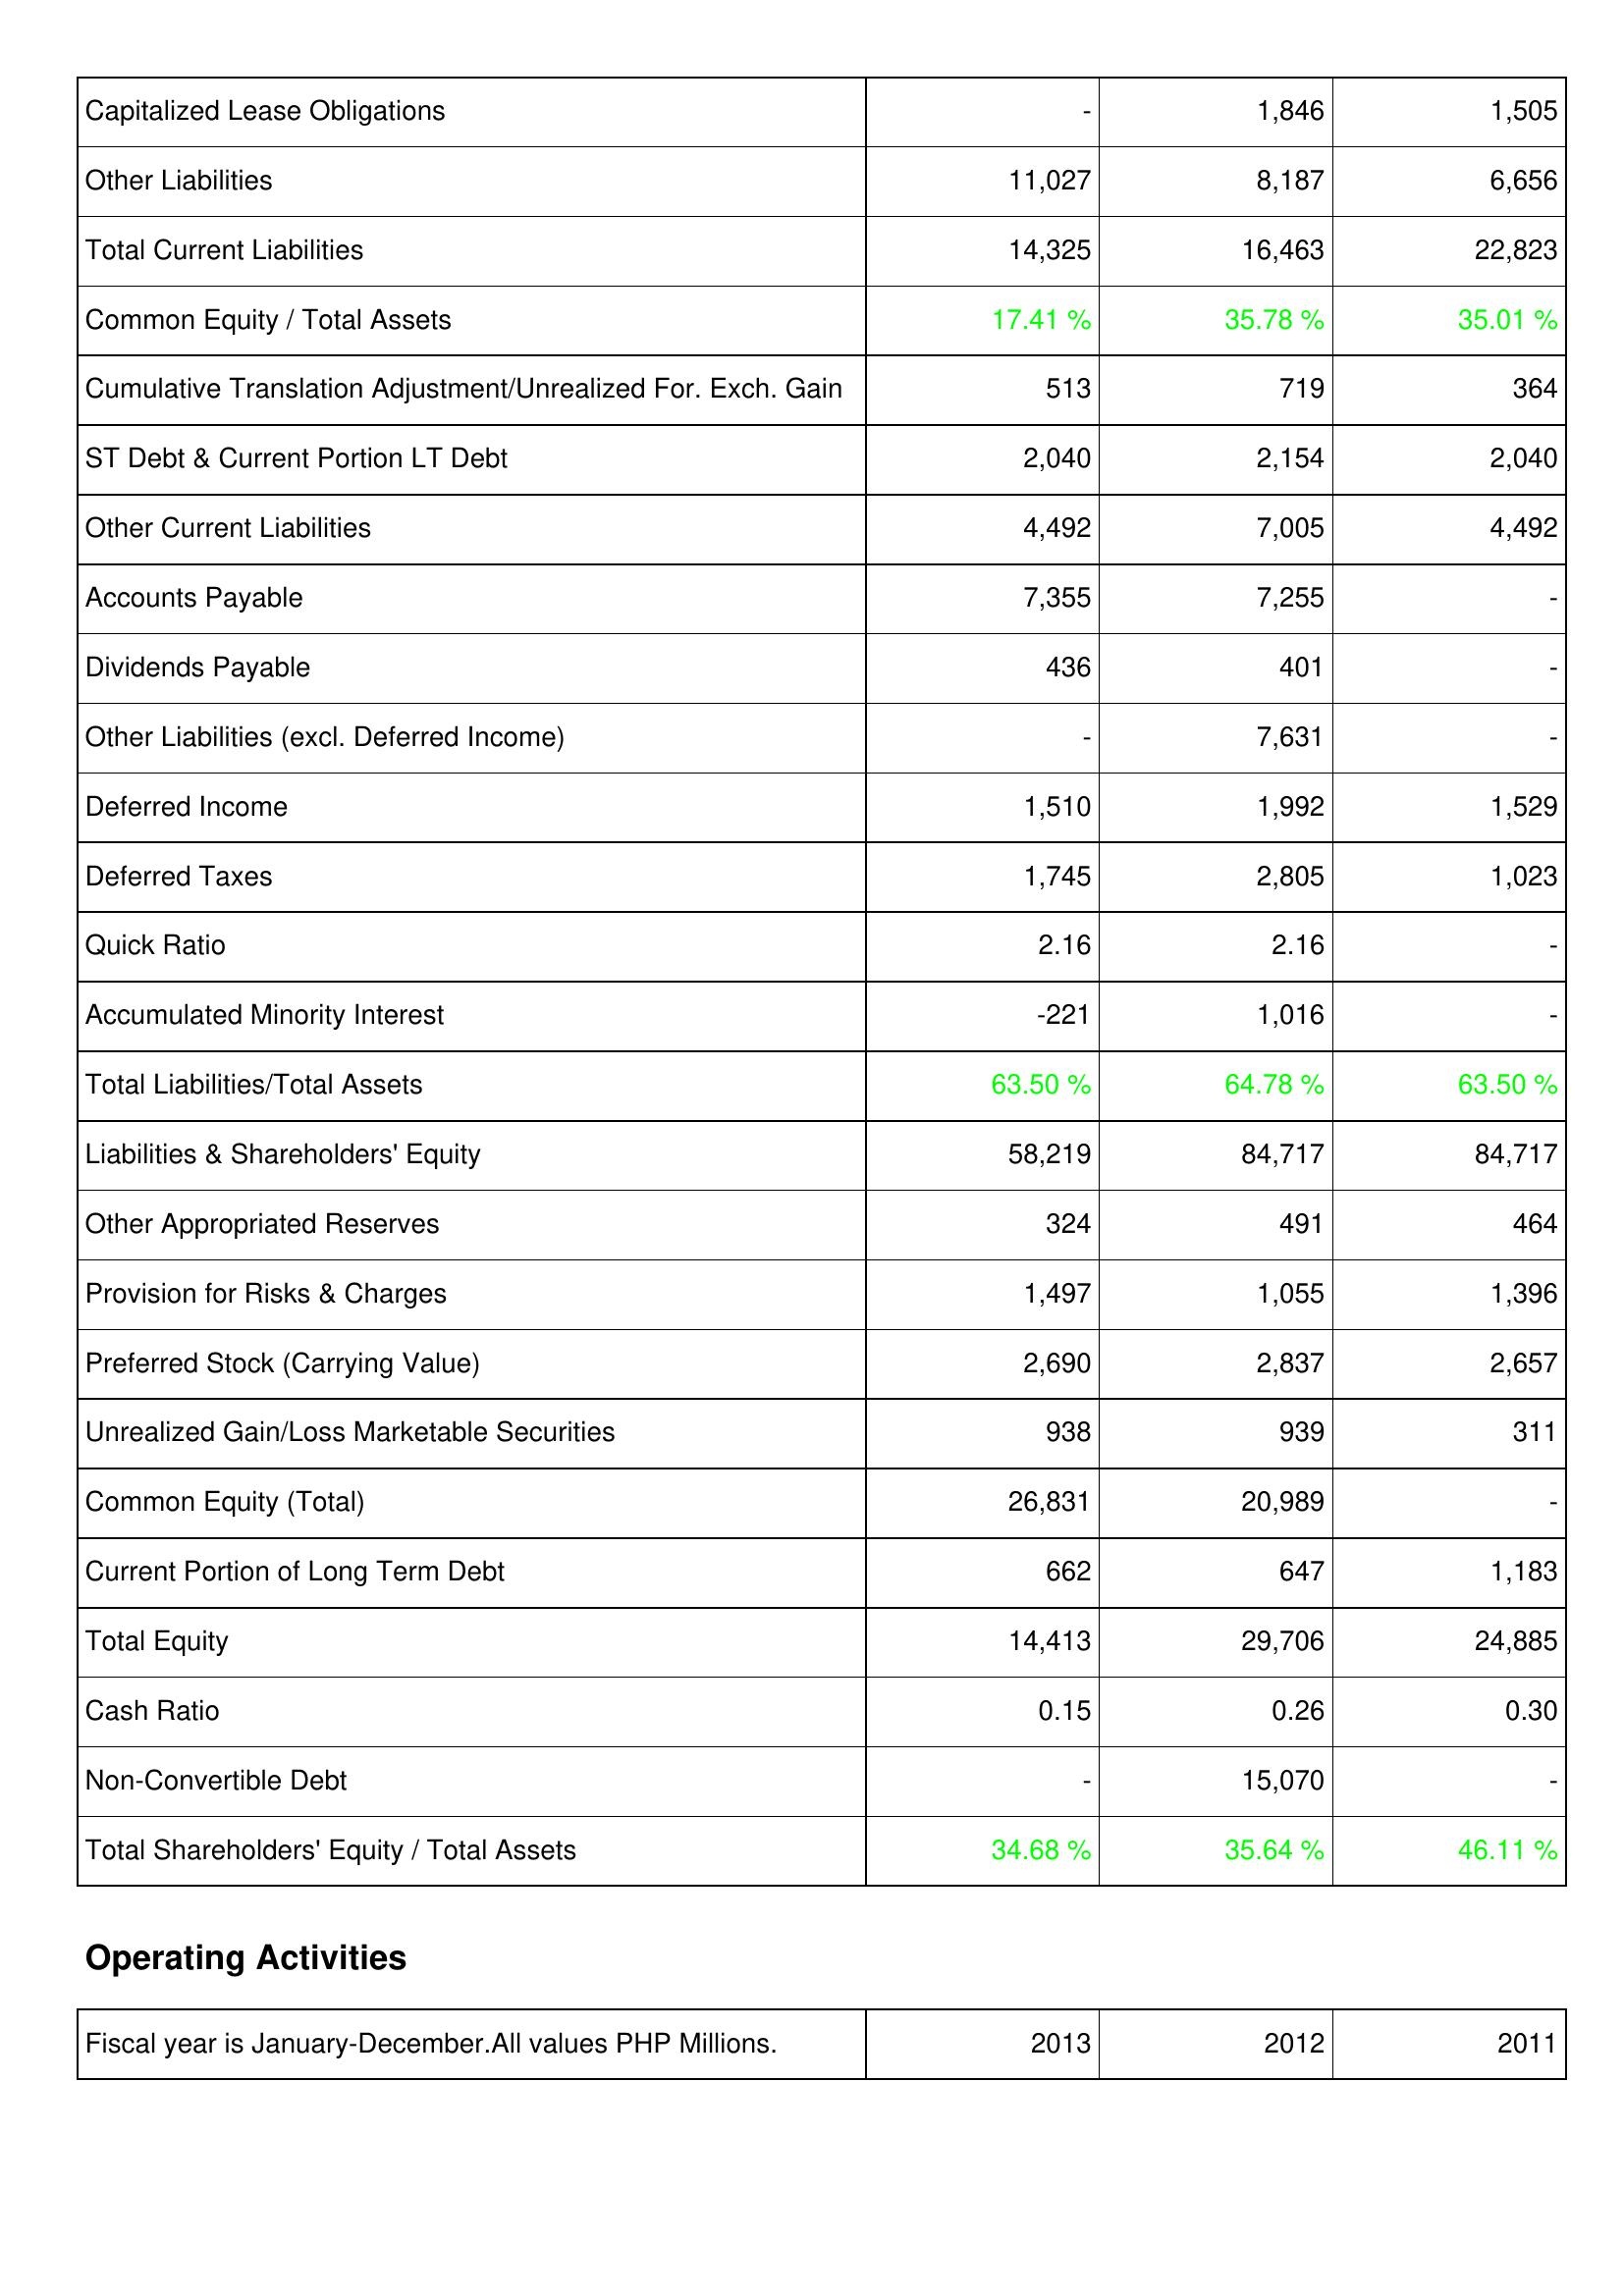
2013: Liabilities & Shareholders' Equity: Capitalized Lease Obligations: -
Other Liabilities: 11,027
Total Current Liabilities: 14,325
Common Equity / Total Assets: 17.41 %
Cumulative Translation Adjustment/Unrealized For. Exch. Gain: 513
ST Debt & Current Portion LT Debt: 2,040
Other Current Liabilities: 4,492
Accounts Payable: 7,355
Dividends Payable: 436
Other Liabilities (excl. Deferred Income): -
Deferred Income: 1,510
Deferred Taxes: 1,745
Quick Ratio: 2.16
Accumulated Minority Interest: -221
Total Liabilities/Total Assets: 63.50 %
Liabilities & Shareholders' Equity: 58,219
Other Appropriated Reserves: 324
Provision for Risks & Charges: 1,497
Preferred Stock (Carrying Value): 2,690
Unrealized Gain/Loss Marketable Securities: 938
Common Equity (Total): 26,831
Current Portion of Long Term Debt: 662
Total Equity: 14,413
Cash Ratio: 0.15
Non-Convertible Debt: -
Total Shareholders' Equity / Total Assets: 34.68 %
2012: Liabilities & Shareholders' Equity: Capitalized Lease Obligations: 1,846
Other Liabilities: 8,187
Total Current Liabilities: 16,463
Common Equity / Total Assets: 35.78 %
Cumulative Translation Adjustment/Unrealized For. Exch. Gain: 719
ST Debt & Current Portion LT Debt: 2,154
Other Current Liabilities: 7,005
Accounts Payable: 7,255
Dividends Payable: 401
Other Liabilities (excl. Deferred Income): 7,631
Deferred Income: 1,992
Deferred Taxes: 2,805
Quick Ratio: 2.16
Accumulated Minority Interest: 1,016
Total Liabilities/Total Assets: 64.78 %
Liabilities & Shareholders' Equity: 84,717
Other Appropriated Reserves: 491
Provision for Risks & Charges: 1,055
Preferred Stock (Carrying Value): 2,837
Unrealized Gain/Loss Marketable Securities: 939
Common Equity (Total): 20,989
Current Portion of Long Term Debt: 647
Total Equity: 29,706
Cash Ratio: 0.26
Non-Convertible Debt: 15,070
Total Shareholders' Equity / Total Assets: 35.64 %
2011: Liabilities & Shareholders' Equity: Capitalized Lease Obligations: 1,505
Other Liabilities: 6,656
Total Current Liabilities: 22,823
Common Equity / Total Assets: 35.01 %
Cumulative Translation Adjustment/Unrealized For. Exch. Gain: 364
ST Debt & Current Portion LT Debt: 2,040
Other Current Liabilities: 4,492
Accounts Payable: -
Dividends Payable: -
Other Liabilities (excl. Deferred Income): -
Deferred Income: 1,529
Deferred Taxes: 1,023
Quick Ratio: -
Accumulated Minority Interest: -
Total Liabilities/Total Assets: 63.50 %
Liabilities & Shareholders' Equity: 84,717
Other Appropriated Reserves: 464
Provision for Risks & Charges: 1,396
Preferred Stock (Carrying Value): 2,657
Unrealized Gain/Loss Marketable Securities: 311
Common Equity (Total): -
Current Portion of Long Term Debt: 1,183
Total Equity: 24,885
Cash Ratio: 0.30
Non-Convertible Debt: -
Total Shareholders' Equity / Total Assets: 46.11 %